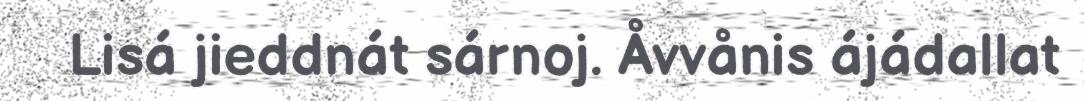
Lisá jieddnát sárnoj. Åvvånis ájádallat